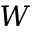
\boldsymbol W